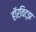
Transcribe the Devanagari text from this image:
हॉरविट्झ